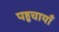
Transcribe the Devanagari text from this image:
पहुचायाँ